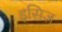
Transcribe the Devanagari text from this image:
इसिज़